Annual statistical returns and brief notes on vaccination in Bengal - 1896-1909
Year: 1896
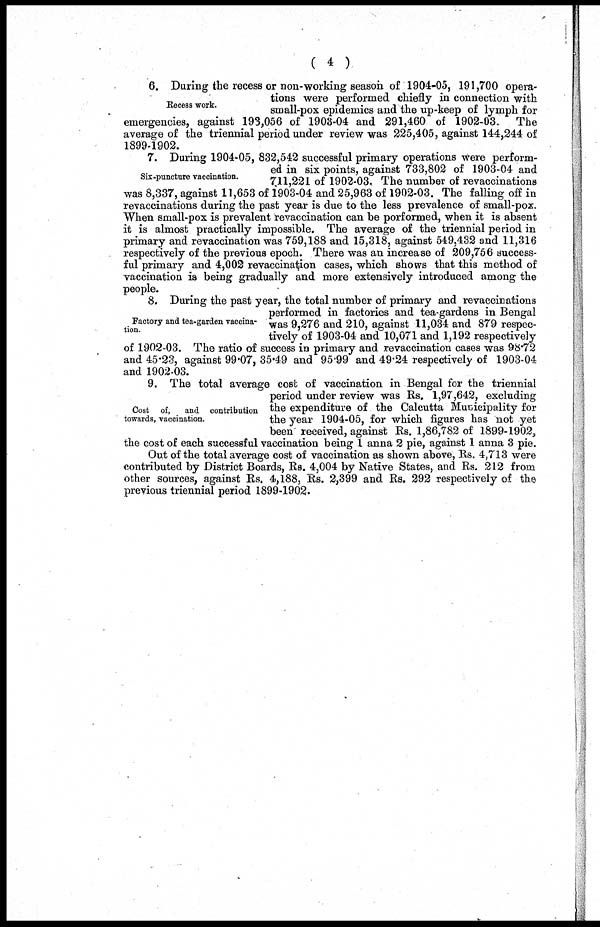
( 4 )
Recess work.
6. During the recess or non-working season of 1904-05, 191,700 opera-
tions were performed chiefly in connection with
small-pox epidemics and the up-keep of lymph for
emergencies, against 193,056 of 1903-04 and 291,460 of 1902-03. The
average of the triennial period under review was 225,405, against 144,244 of
1899-1902.
Six-puncture vaccination.
7. During 1904-05, 832,542 successful primary operations were perform-
ed in six points, against 733,802 of 1903-04 and
711,221 of 1902-03. The number of revaccinations
was 8,337, against 11,653 of 1903-04 and 25,963 of 1902-03. The falling off in
revaccinations during the past year is due to the less prevalence of small-pox.
When small-pox is prevalent revaccination can be performed, when it is absent
it is almost practically impossible. The average of the triennial period in
primary and revaccination was 759,188 and 15,318, against 549,432 and 11,316
respectively of the previous epoch. There was an increase of 209,756 success-
ful primary and 4,002 revaccination cases, which shows that this method of
vaccination is being gradually and more extensively introduced among the
people.
Factory and tea-garden vaccina-
tion.
8. During the past year, the total number of primary and revaccinations
performed in factories and tea-gardens in Bengal
was 9,276 and 210, against 11,034 and 879 respec-
tively of 1903-04 and 10,071 and 1,192 respectively
of 1902-03. The ratio of success in primary and revaccination cases was 98.72
and 45.23, against 99.07, 35.49 and 95.99 and 49.24 respectively of 1903-04
and 1902-03.
Cost of,
and contribution
towards, vaccination.
9. The total average cost of vaccination in Bengal for the triennial
period under review was Rs. 1,97,642, excluding
the expenditure of the Calcutta Municipality for
the year 1904-05, for which figures has not yet
been' received, against Rs. 1,86,782 of 1899-1902.
the cost of each successful vaccination being 1 anna 2 pie, against 1 anna 3 pie.
Out of the total average cost of vaccination as shown above, Rs. 4,713 were
contributed by District Boards, Rs._4,004 by Native States, and Rs. 212 from
other sources, against Rs. 4,188, Rs. 2,399 and Rs. 292 respectively of the
previous triennial period 1899-1902.